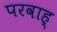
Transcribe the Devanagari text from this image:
परवाह्